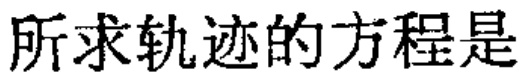
所求轨迹的方程是